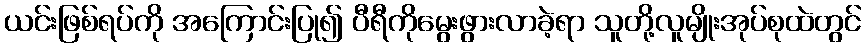
ယင်းဖြစ်ရပ်ကို အကြောင်းပြု၍ ပီရီကိုမွေးဖွားလာခဲ့ရာ သူတို့လူမျိုးအုပ်စုထဲတွင်